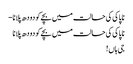
ناپاکی کی حالت میں بچےکو دودھ پلانا -
ناپاکی کی حالت میں بچےکو دودھ پلانا
جی ہاں !